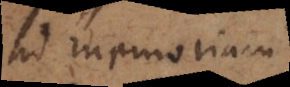
ad memoriam